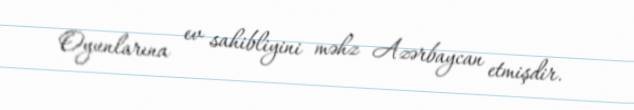
Oyunlarına ev sahibliyini məhz Azərbaycan etmişdir.